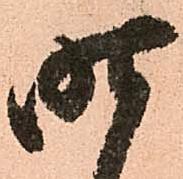
昨